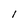
Character: l